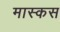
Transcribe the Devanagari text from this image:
मास्कस